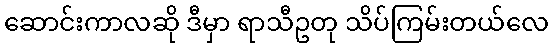
ဆောင်းကာလဆို ဒီမှာ ရာသီဥတု သိပ်ကြမ်းတယ်လေ